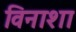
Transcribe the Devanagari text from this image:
विनाशा